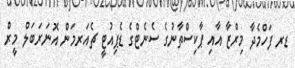
ޑރ ފަހްމެދާ މިރްޒާ އާއި ޕާކިސްތާނުގެ ސެނެޓްގެ ޑެޕިއުޓީ ޗެއަރމަން އޮނަރަބަލް މީރް